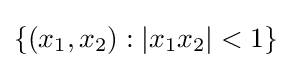
\{(x_{1},x_{2}):|x_{1}x_{2}|<1\}